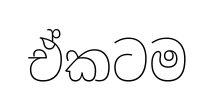
ඒකටම